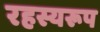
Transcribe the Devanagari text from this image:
रहस्यरूप